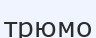
трюмо